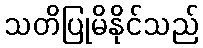
သတိပြုမိနိုင်သည်